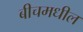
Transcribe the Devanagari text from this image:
बीचमधील